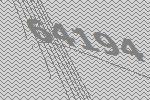
64194